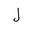
Letter: _lam